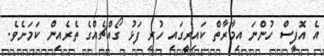
އެ އޮފީސް ހުންނަ އިމާރާތް ކައިރީގައި ހުރި ފަޅު ގޯއްޗެއްގެ ތެރެއިން ކަމަށެވެ.